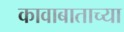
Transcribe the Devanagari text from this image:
कावाबाताच्या